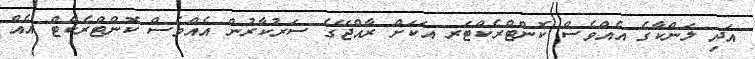
އަދި ލަންކާގެ އެއްވެސް ކޮންޓްރެކްޓަރ އަކަށް ރާއްޖޭގެ ސަރުކާރުން އެއްވެސް ކޮންޓްރެކްޓް އެއް